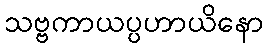
သဗ္ဗကာယပ္ပဟာယိနော